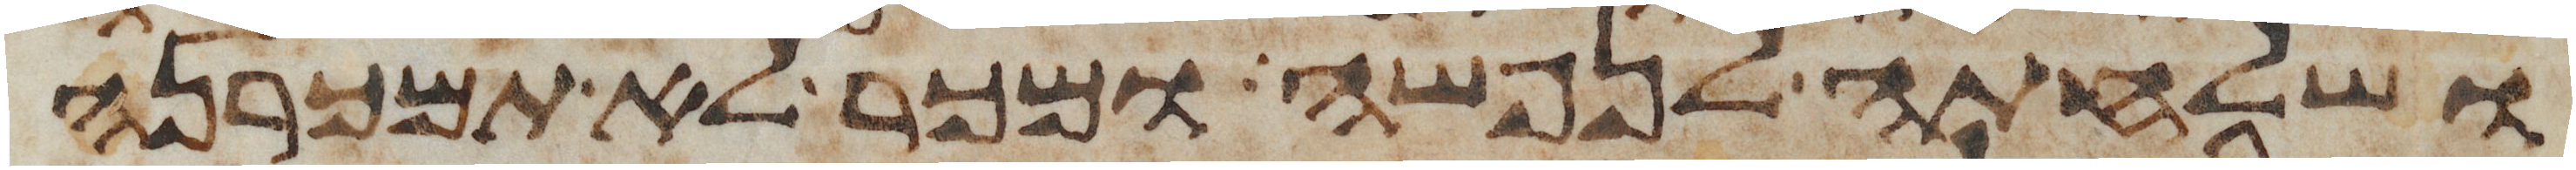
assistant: ושלחתה לנפשה ומכר לא תמכרנה